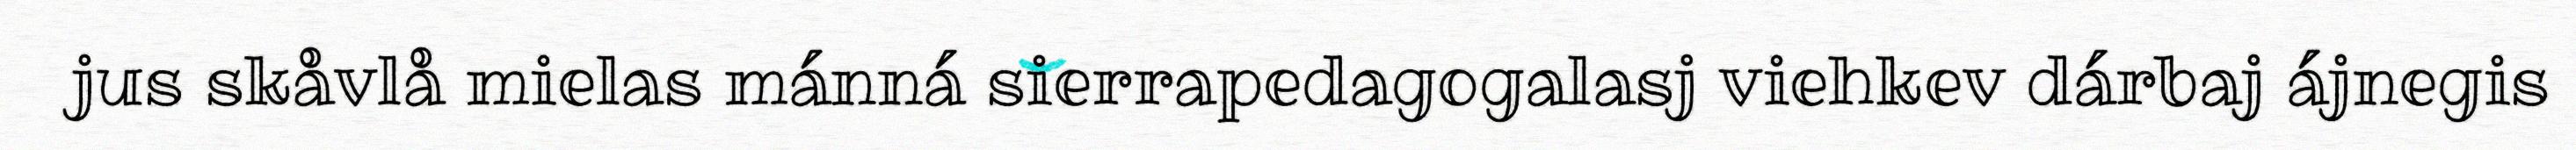
jus skåvlå mielas mánná sierrapedagogalasj viehkev dárbaj ájnegis